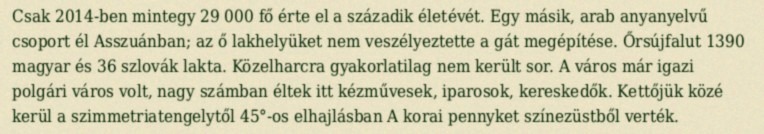
Csak 2014-ben mintegy 29 000 fő érte el a századik életévét. Egy másik, arab anyanyelvű csoport él Asszuánban; az ő lakhelyüket nem veszélyeztette a gát megépítése. Őrsújfalut 1390 magyar és 36 szlovák lakta. Közelharcra gyakorlatilag nem került sor. A város már igazi polgári város volt, nagy számban éltek itt kézművesek, iparosok, kereskedők. Kettőjük közé kerül a szimmetriatengelytől 45°-os elhajlásban A korai pennyket színezüstből verték.